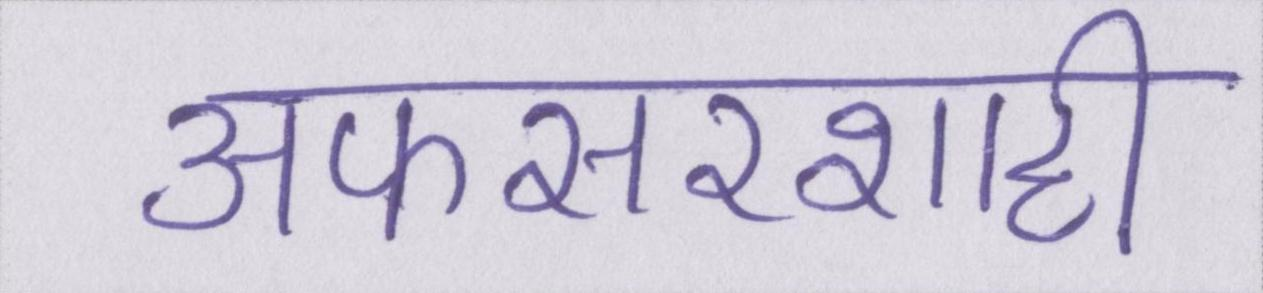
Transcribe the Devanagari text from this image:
अफसरशाही